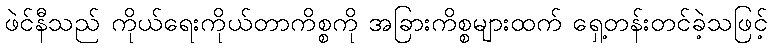
ဖဲင်နီသည် ကိုယ်ရေးကိုယ်တာကိစ္စကို အခြားကိစ္စများထက် ရှေ့တန်းတင်ခဲ့သဖြင့်